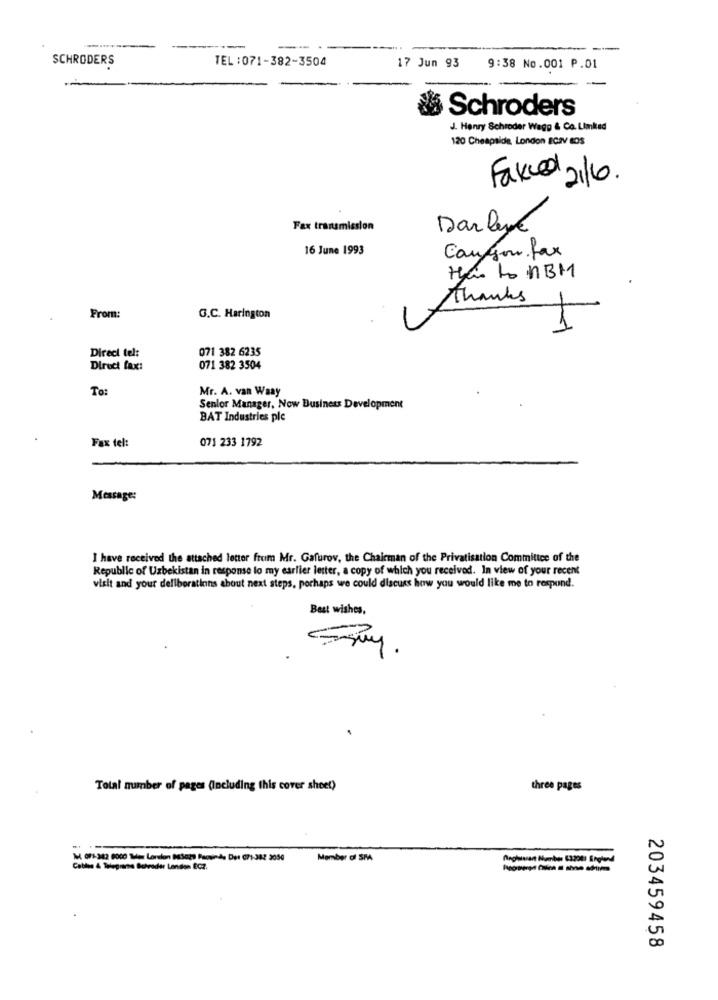
SCHRODERS
TEL:071-382-3504
17 Jun 93
9:38 No.001 P.01
& Schroders
J. Henry Schroder Wagg & Co. Limited
120 Cheapside, London ECaV BOS
Faved 216.
Fax transmission
Darlene
16 June 1993
Canyou fax
Has to hBM
thanks
From:
G.C. Harington
Direci tel:
071 382 6235
Direct fax:
071 382 3504
To:
Mr. A. van Waay
Senior Manager, Now Business Development
BAT Industries ple
Fax tel:
071 233 1792
Message:
I have received the attached letter from Mr. Gafurov, the Chairman of the Privatisation Committee of the
Republic of Uzbekistan in response lo my earlier letter, a copy of which you received. In view of your recent
visit and your dellboratinns about next steps, porhaps we could discuss how you would like me to respond.
Best wishes,
Eguy.
Total number of pages (Including this cover sheet)
three pages
M 071-382 8000 Hez Lorslon 883029 Paciinde Der 071-282 2050
Member of SPA
Raghavan Number 63208) England
Cables & Telegrams Schrader London ECZ.
203459458